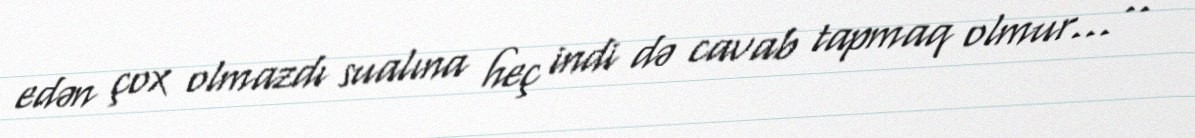
edən çox olmazdı sualına heç indi də cavab tapmaq olmur... ..